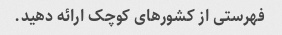
فهرستی از کشورهای کوچک ارائه دهید.